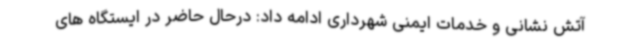
آتش نشانی و خدمات ایمنی شهرداری ادامه داد: درحال حاضر در ایستگاه های